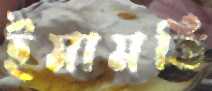
ইমামতি